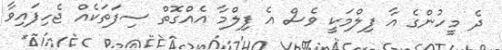
ދެ މީހުންގެ އާ ފިލްމަކީ ވެސް އެ ފިލްމާ އެއްގޮތް ސިފަތަކެއް ޖެހިފައިވާ